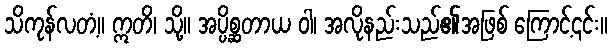
သိကုန်လတံ့။ ဣတိ၊ သို့။ အပ္ပိစ္ဆတာယ ဝါ၊ အလိုနည်းသည်၏အဖြစ် ကြောင့်၎င်း။